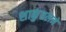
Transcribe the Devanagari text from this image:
शाकुंतलने